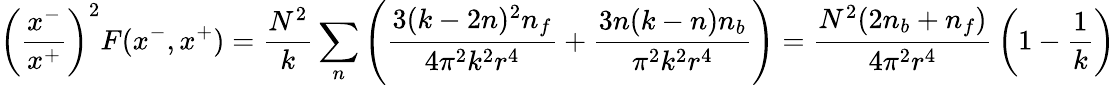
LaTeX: \left({\frac{x^{-}}{x^{+}}}\right)^{2}F(x^{-},x^{+})={\frac{N^{2}}{k}}\sum_{n}\left({\frac{3(k-2n)^{2}n_{f}}{4\pi^{2}k^{2}r^{4}}}+{\frac{3n(k-n)n_{b}}{\pi^{2}k^{2}r^{4}}}\right)={\frac{N^{2}(2n_{b}+n_{f})}{4\pi^{2}r^{4}}}\left(1-{\frac{1}{k}}\right)